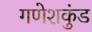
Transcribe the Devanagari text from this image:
गणेशकुंड